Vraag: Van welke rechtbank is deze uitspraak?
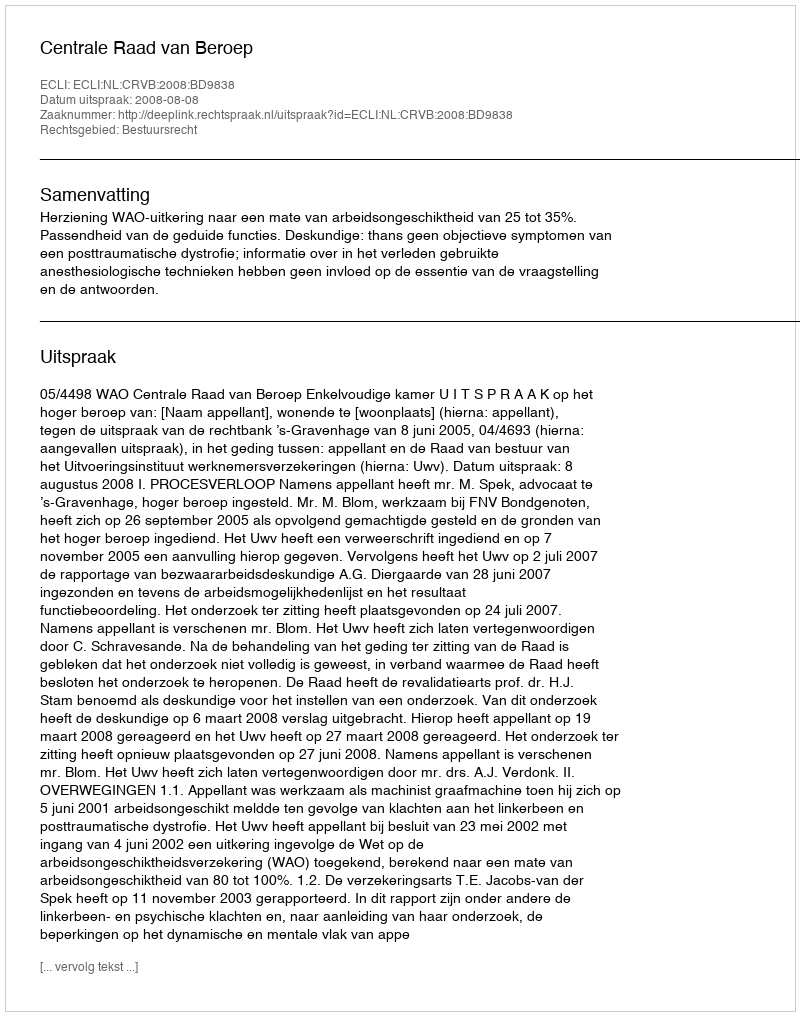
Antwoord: Centrale Raad van Beroep